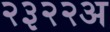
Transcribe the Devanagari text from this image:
२३२२अ